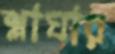
শ্লাঘার